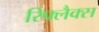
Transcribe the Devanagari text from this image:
रिफ्लैक्‍स